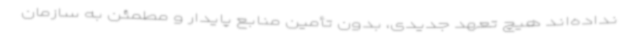
نداده‌اند هیچ تعهد جدیدی، بدون تأمین منابع پایدار و مطمئن به سازمان